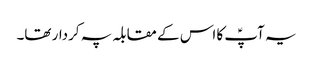
یہ آپؑ کا اس کے مقابلہ پہ کردار تھا۔